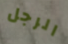
الرجل